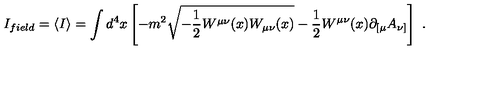
I _ { f i e l d } = \langle I \rangle = \int d ^ { 4 } x \left[ - m ^ { 2 } \sqrt { - { \frac { 1 } { 2 } } W ^ { \mu \nu } ( x ) W _ { \mu \nu } ( x ) } - { \frac { 1 } { 2 } } W ^ { \mu \nu } ( x ) \partial _ { [ \mu } A _ { \nu ] } \right] \ .